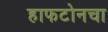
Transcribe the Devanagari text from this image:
हाफटोनचा